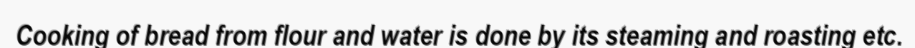
Cooking of bread from flour and water is done by its steaming and roasting etc.